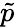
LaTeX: \tilde{p}